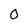
Character: 0